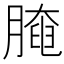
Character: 𦟩